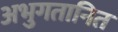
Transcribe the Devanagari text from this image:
अभुगतानित